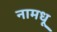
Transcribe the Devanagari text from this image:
नामधू